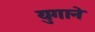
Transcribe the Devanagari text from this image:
युगाने